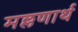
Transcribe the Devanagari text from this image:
मल्लणार्थ